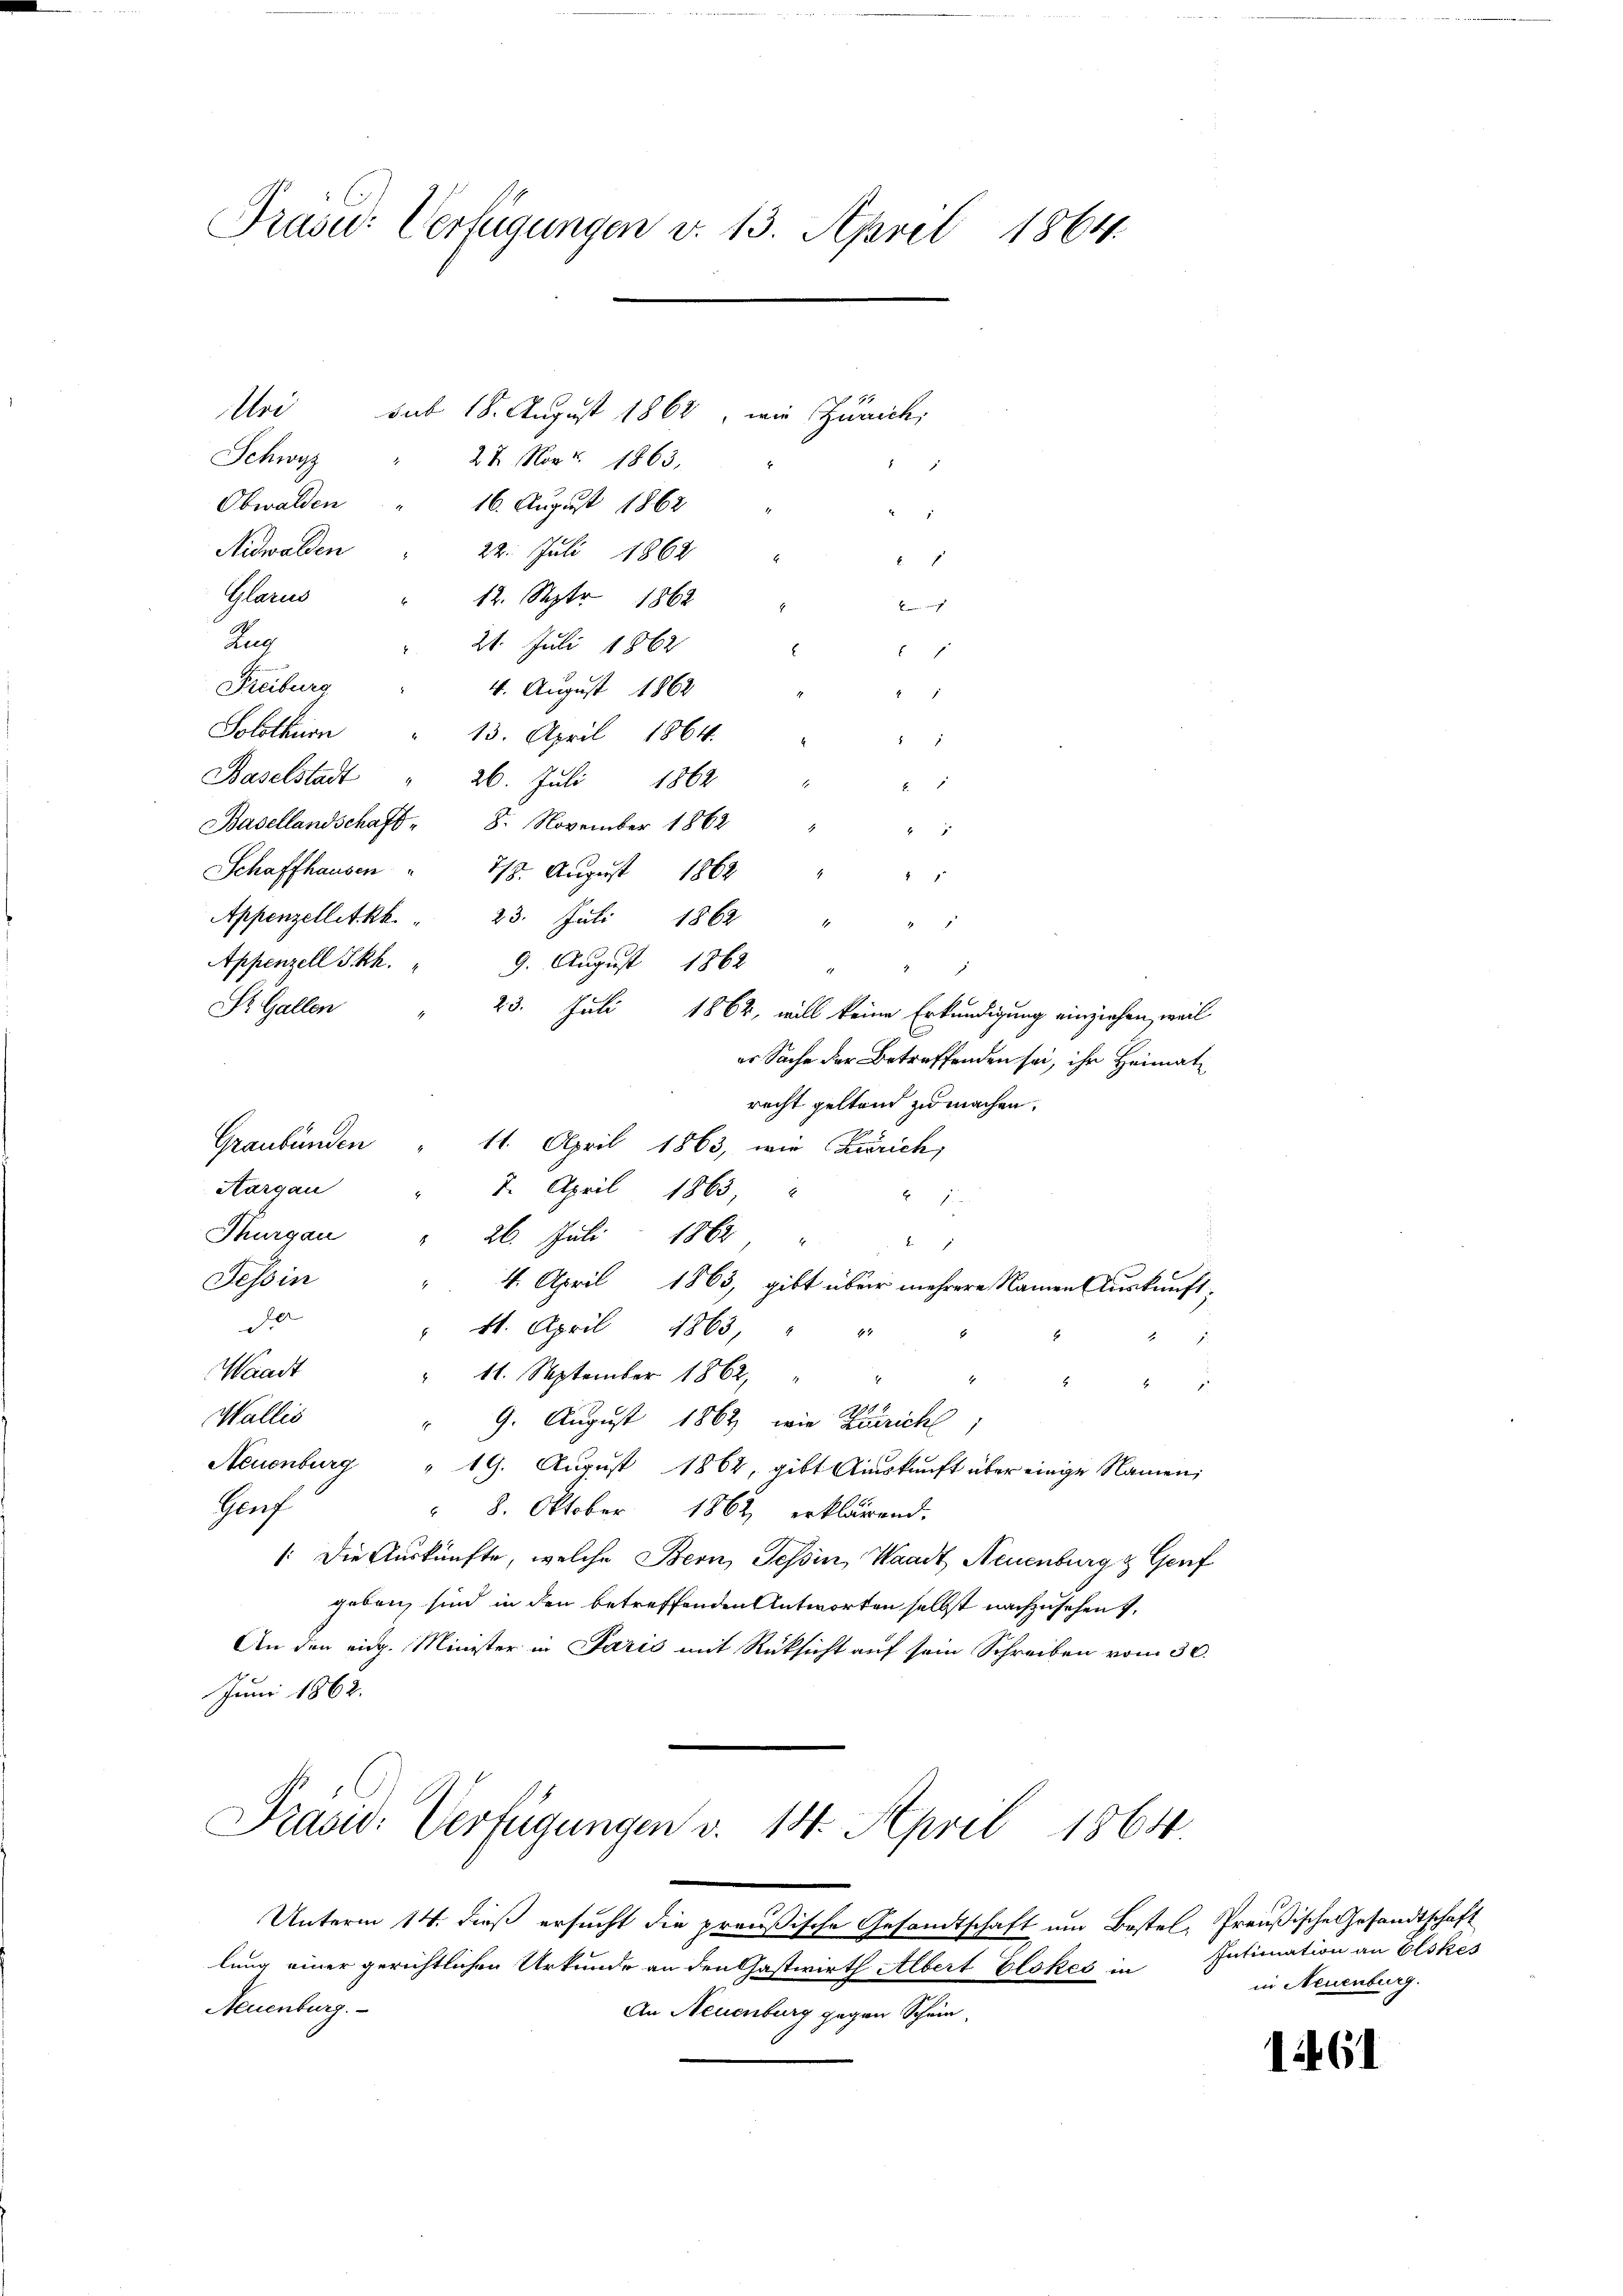
Präsid.: Verfügungen v. 13. April 1864.

Uri
sub 18. August 1862, wie Zürich
Schwyz
22. Nov. 1863.
2
Obwalden
16. August 1862
Nidwalden
22. Juli 1862
8
Glarus
12. Sept 1862

Zug
21. Juli 1862

s
Freiburg
4. August 1862
2
Solothurn
13. April 1864.
.
Baselstadt
26. Juli 1862 "
B
Basellandschaft " 8. November 1862 "
2
Schaffhausen " 118. August 1862
Appenzellet kk. " 23. Juli 1862
1
4
Appenzell Skh.
9. August 1862 "
St. Gallen
23. Juli 1862, will keine Erkundigung einziehen, weil
es Sache der Betreffenden sei, ihr Heimat
recht geltend zu machen.
Graubünden
11. April 1863, wie Krörich,
Aargau
7. April 1863,

Thurgau
26. Juli 1864,
f
Tessin
4. April 1863, gibt über mehrere Namen Auskunft.
2
11. April 1863, " "
Waadt
11. September 1862,
e
Wallis
" 9. August 1862 wie Zürich
Neuenburg " 19. August 1862, gibt Auskunft über einige Namen;
Gruf
 8. Oktober 1862 erklärend.
: Die Auskünfte, welche Bern, Tessin, Waadt Neuenburg & Genf
geben, sind in den betreffenden Antworten selbst nachzusehen,
An den eidg. Minister in Paris mit Rücksicht auf sein Schreiben vom 30.
Juni 1862.
Prasw: Verfügungen v. 14. April 1864.
Unterm 14. dieß ersucht die preußische Gesandtschaft um Bestel, Preußische Gesandtschaft
lung einer gerichtlichen Urkunde an den Gastwirth Albert Elokes in
Neuenburg.
An Neuenburg gegen Schein

Intimation an Elskes
in Neuenburg.

161